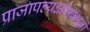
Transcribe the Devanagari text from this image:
प्राजापत्यर्क्षसम्भूतो